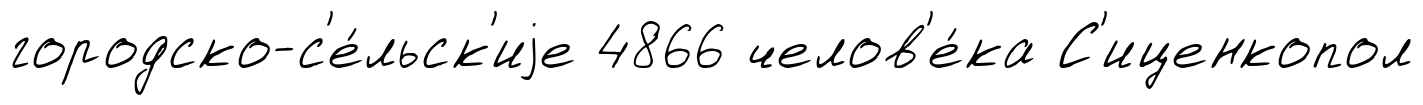
городско-с'е́льск'иjе 4866 челов'е́ка С'иценкопол